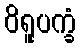
ဝိရူပက္ခံ